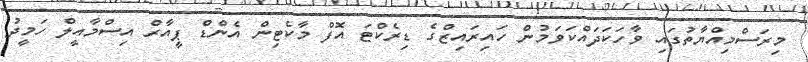
މިރަސްމިއްޔާތުގައި ވާހަކަދައްކަވަމުން ހައިރައިޒްގެ ޑިރެކްޓަ އޮފް މާކެޓިން އެންޑް ޕީއާރް އިސްމާއީލް ހަމީދު